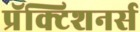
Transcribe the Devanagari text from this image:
प्रॅक्टिशनर्स